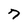
Character: 7